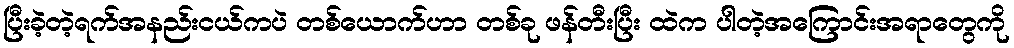
ပြီးခဲ့တဲ့ရက်အနည်းငယ်ကပဲ တစ်ယောက်ဟာ တစ်ခု ဖန်တီးပြီး ထဲက ပါတဲ့အကြောင်းအရာတွေကို